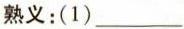
熟义:(1) ___